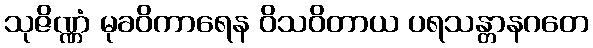
သုဇိဏ္ဏံ မုခဝိကာရေန ဝိသဝိတာယ ပရသန္တာနဂတေ